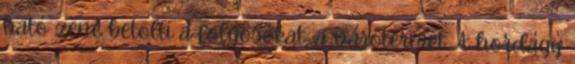
ható zene betölti a folyosókat, a várótermet. A hordágy